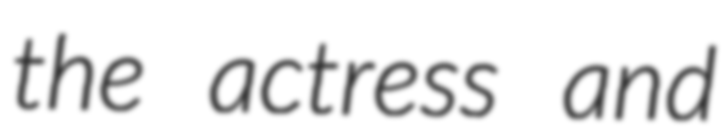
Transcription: the actress and